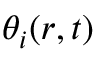
\theta _ { i } ( r , t )